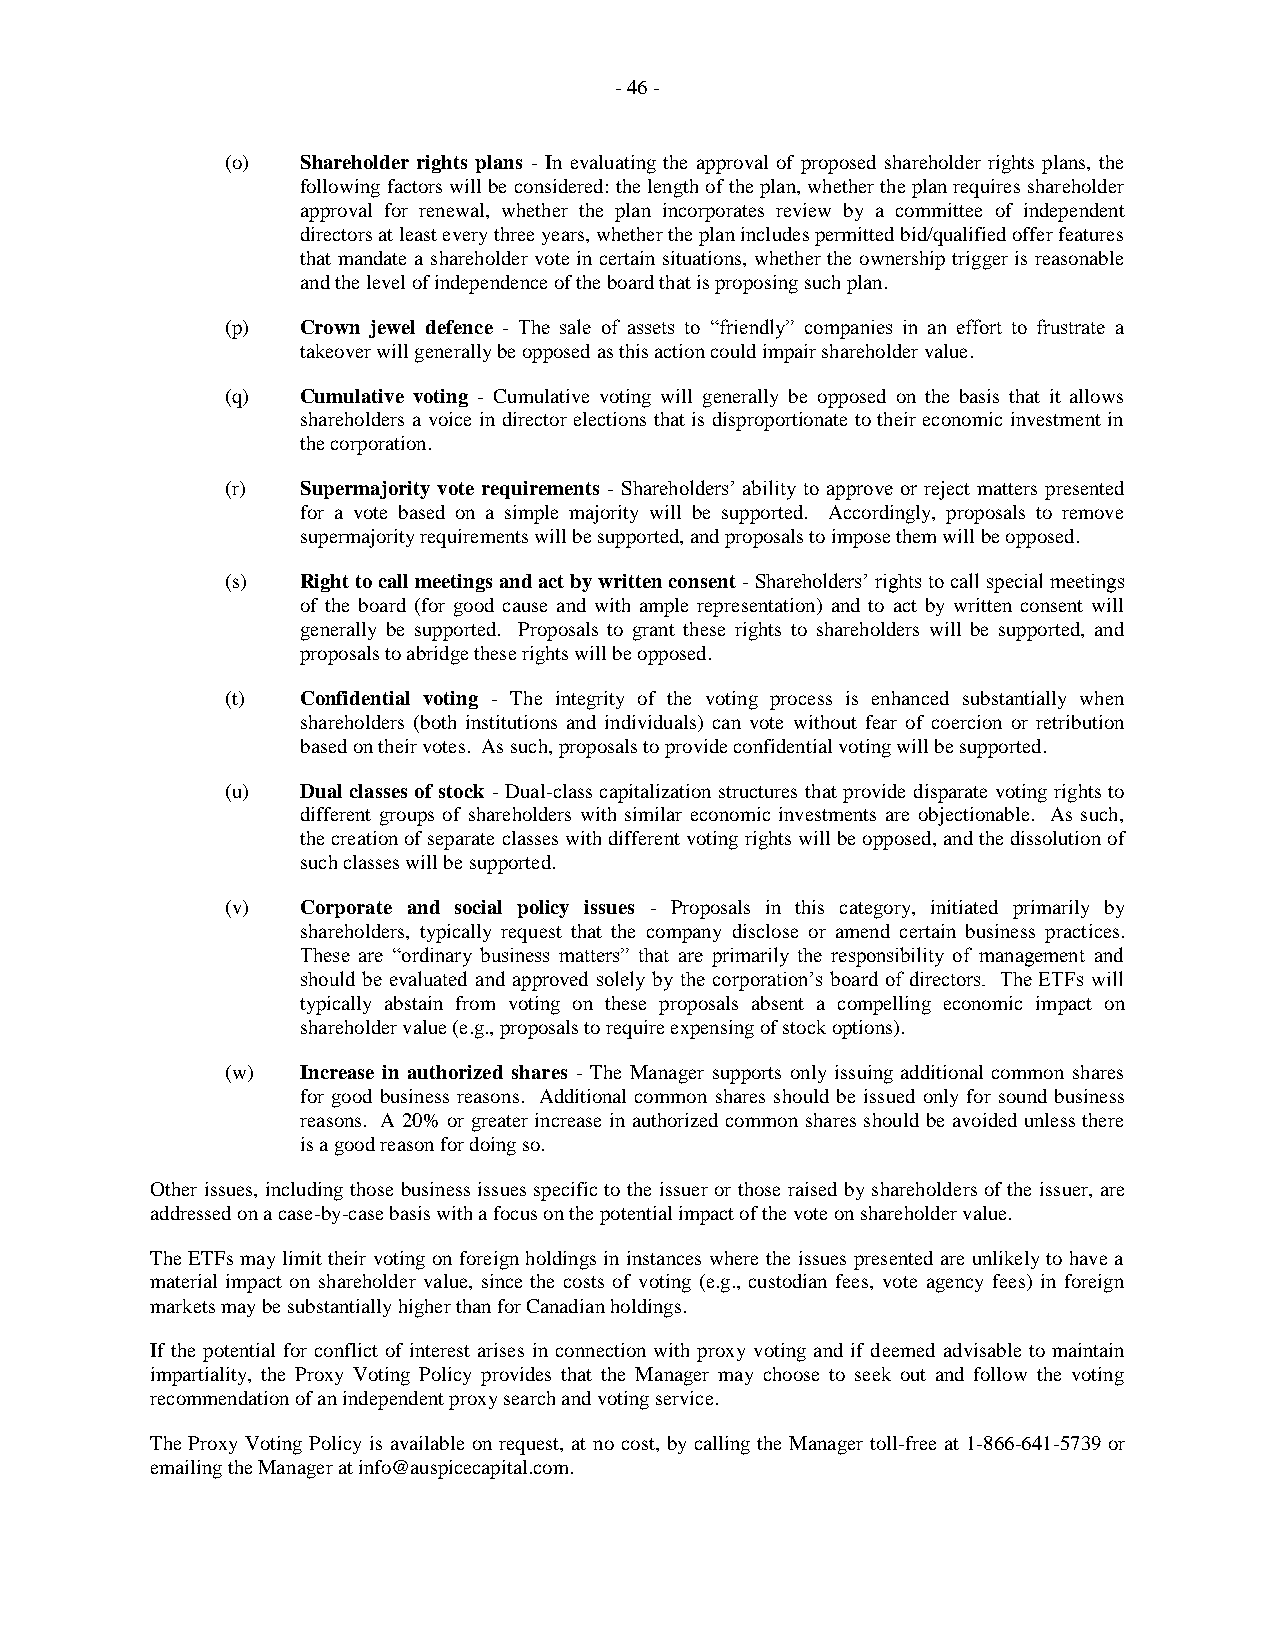
- 46 -
 (o)  Shareholder rights plans - In evaluating the approval of proposed shareholder rights plans, the
 following factors will be considered: the length of the plan, whether the plan requires shareholder
 approval for renewal, whether the plan incorporates review by a committee of independent
 directors at least every three years, whether the plan includes permitted bid/qualified offer features
 that mandate a shareholder vote in certain situations, whether the ownership trigger is reasonable
 and the level of independence of the board that is proposing such plan.
 (p)  Crown jewel defence - The sale of assets to “friendly” companies in an effort to frustrate a
 takeover will generally be opposed as this action could impair shareholder value.
 (q)  Cumulative voting - Cumulative voting will generally be opposed on the basis that it allows
 shareholders a voice in director elections that is disproportionate to their economic investment in
 the corporation.
 (r)  Supermajority vote requirements - Shareholders’ ability to approve or reject matters presented
 for a vote based on a simple majority will be supported. Accordingly, proposals to remove
 supermajority requirements will be supported, and proposals to impose them will be opposed.
 (s)  Right to call meetings and act by written consent - Shareholders’ rights to call special meetings
 of the board (for good cause and with ample representation) and to act by written consent will
 generally be supported. Proposals to grant these rights to shareholders will be supported, and
 proposals to abridge these rights will be opposed.
 (t)  Confidential voting - The integrity of the voting process is enhanced substantially when
 shareholders (both institutions and individuals) can vote without fear of coercion or retribution
 based on their votes. As such, proposals to provide confidential voting will be supported.
 (u)  Dual classes of stock - Dual-class capitalization structures that provide disparate voting rights to
 different groups of shareholders with similar economic investments are objectionable. As such,
 the creation of separate classes with different voting rights will be opposed, and the dissolution of
 such classes will be supported.
 (v)  Corporate and social policy issues - Proposals in this category, initiated primarily by
 shareholders, typically request that the company disclose or amend certain business practices.
 These are “ordinary business matters” that are primarily the responsibility of management and
 should be evaluated and approved solely by the corporation’s board of directors. The ETFs will
 typically abstain from voting on these proposals absent a compelling economic impact on
 shareholder value (e.g., proposals to require expensing of stock options).
 (w)  Increase in authorized shares - The Manager supports only issuing additional common shares
 for good business reasons. Additional common shares should be issued only for sound business
 reasons. A 20% or greater increase in authorized common shares should be avoided unless there
 is a good reason for doing so.
 Other issues, including those business issues specific to the issuer or those raised by shareholders of the issuer, are
 addressed on a case-by-case basis with a focus on the potential impact of the vote on shareholder value.
 The ETFs may limit their voting on foreign holdings in instances where the issues presented are unlikely to have a
 material impact on shareholder value, since the costs of voting (e.g., custodian fees, vote agency fees) in foreign
 markets may be substantially higher than for Canadian holdings.
 If the potential for conflict of interest arises in connection with proxy voting and if deemed advisable to maintain
 impartiality, the Proxy Voting Policy provides that the Manager may choose to seek out and follow the voting
 recommendation of an independent proxy search and voting service.
 The Proxy Voting Policy is available on request, at no cost, by calling the Manager toll-free at 1-866-641-5739 or
 emailing the Manager at info@auspicecapital.com.